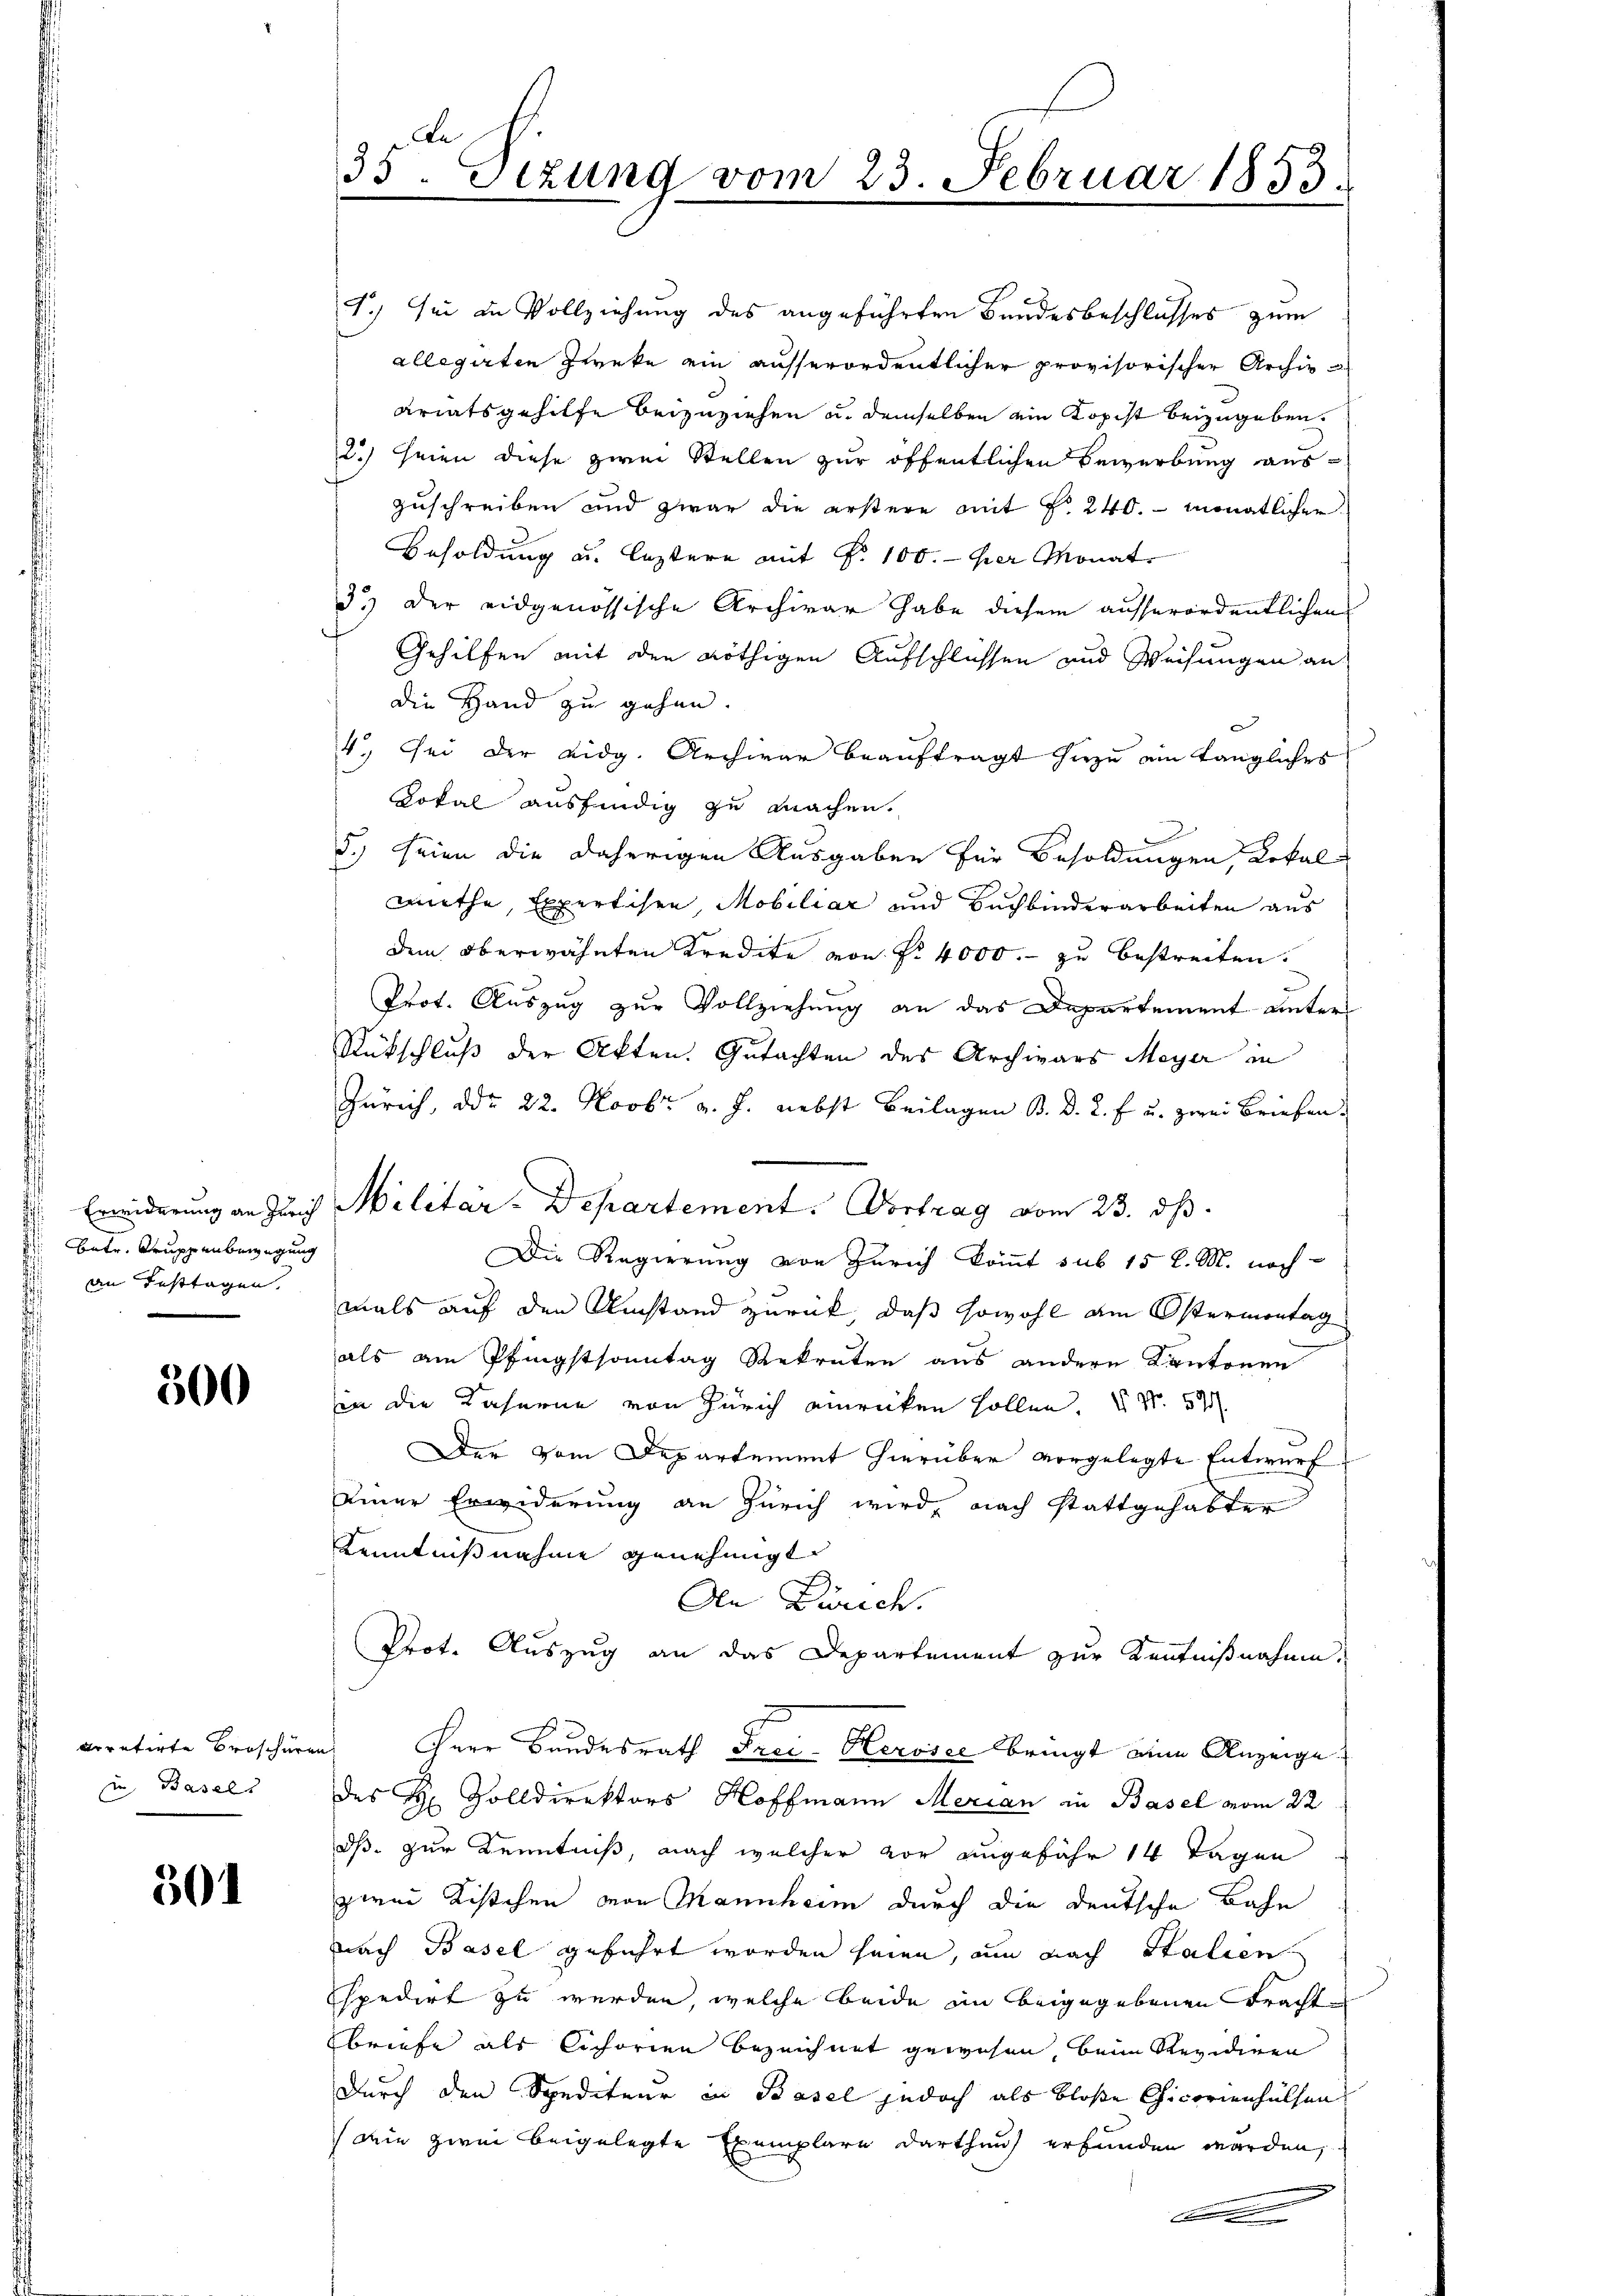
betr. Truppenbewegung
an Festtagen.

300

u Basels

50

T.) sei in Vollziehung des angeführten Bandesbeschlosses zum
allegirten Zwecke ein ausserordentlicher provisorischer Archiv a
ariatsgehilfe beizuziehen u. demselben ein Kopist beizugeben.
2.) Seien diese zwei Stellen zur öffentlichen Bewerbung auszuschreiben und zwar die erstere mit f. 240. monatlichen
Besoldung u. leztere mit §. 100.- per Monat
3.) Der eidgenössische Archivar habe diesem ausserordentlichen
Gehilfen mit den nöthigen Aufschlüssen und Weisungen an
die Hand zu gehen.
4. Sei der Eidg. Archivar beauftragt hiezu ein längliches
Lokal ausfindig zu machen.
5.) seien die daherigen Ausgaben für Besoldungen, Lokal
miethe, Expertisen, Mobiliar und Buchbinderarbeiten aus
dem oberwähnten Kredite von Fr. 4000.- zu bestreiten.
Prot. Auszug zur Vollziehung an das Departement unter
Rückschluß der Akten. Gutachten des Archivars Meyer in
Zürich, ddo 22. Novbr. v. J. nebst Beilagen B. D. R. f u. zwei Briefen.
Ewiderung an Zürich Militär-Departement. Vortrag vom 23. ds.
Die Regierung von Zürich kommt sub 15 l. M. noch
mals auf den Umstand zurück, daß sowohl am Ostermontag
als am Pfingstsonntag Rekruten aus andern Kantonen
in die Kaserne von Zürich einrücken sollen. S. 57
Der vom Departement hierüber vorgelegte Entwurf
Einer Erwiderung an Zürich wird, nach stattgehabter
Kenntnisnahme genehmigt.
An Zürich.
Prot. Auszug an das Departement zur Kenntnißnahme
aoratirte Broschüren Herr Bundesrath Frei-Kervice bringt eine Anzeige
des H. Volldirektors Hoffmann Merian in Basel vom 22
dß zur Kenntniß, nach welcher vor angefähr 14 Tagen
zwai Kistchen von Mannheim durch die deutsche Bahn
nach Basel geführt worden seien, um nach Stalien
Espedirt zu werden, welche beide in beigegebenen Trachte
briefe als Cichorien bezeichnet gewesen beim Revidiren
Durch den Spediteur in Basel jedoch als bloße Chicorienhülfen
wie zwei beigelegte Exemplare darthan erfunden werden,

An
35. Sezung vom 23. Februar 1853.

e